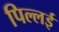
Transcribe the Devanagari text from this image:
पिल्‍लई